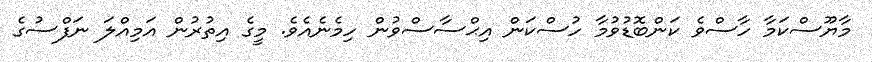
މާޔޫސްކަމާ ހާސްވެ ކަންބޮޑުވުމާ ހުސްކަން އިޙްސާސްވުން ހިމެނެއެވެ. މީގެ އިތުރުން އަމިއްލަ ނަފްސުގެ